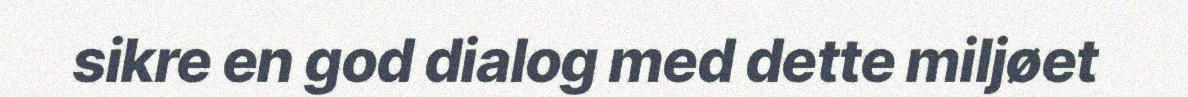
sikre en god dialog med dette miljøet